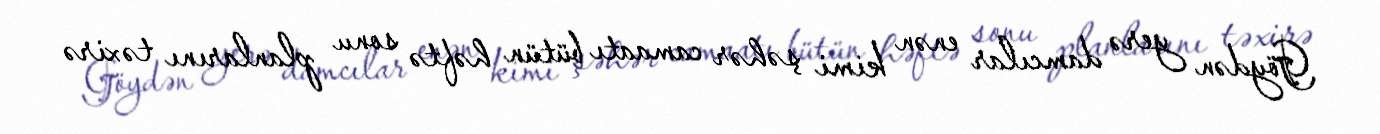
Göydən yerə damcılar enən kimi şəhər camaatı bütün həftə sonu planlarını təxirə